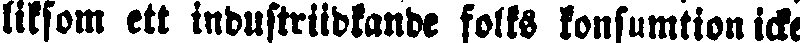
liksom ett industiidkande folks konsumtion icke